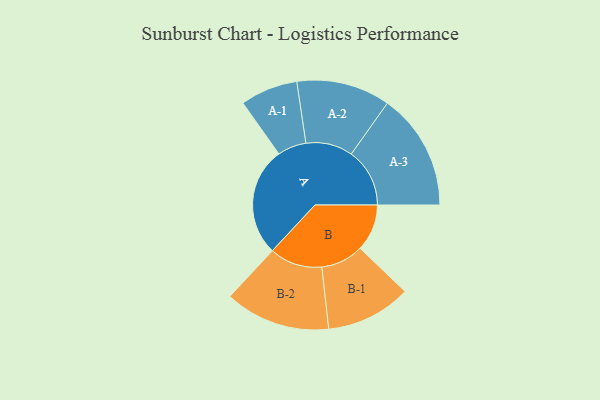
{"axis": {"x": "Segment", "y": "Value"}, "legend": ["", "A", "B"], "data": [{"x": "A", "y": 462, "type": ""}, {"x": "B", "y": 199, "type": ""}, {"x": "A-1", "y": 122, "type": "A"}, {"x": "A-2", "y": 199, "type": "A"}, {"x": "A-3", "y": 248, "type": "A"}, {"x": "B-1", "y": 181, "type": "B"}, {"x": "B-2", "y": 224, "type": "B"}]}